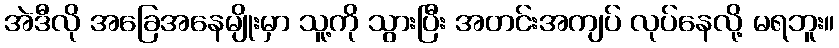
အဲဒီလို အခြေအနေမျိုးမှာ သူ့ကို သွားပြီး အတင်းအကျပ် လုပ်နေလို့ မရဘူး။